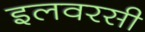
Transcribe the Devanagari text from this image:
इलवरसी